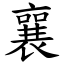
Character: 襄